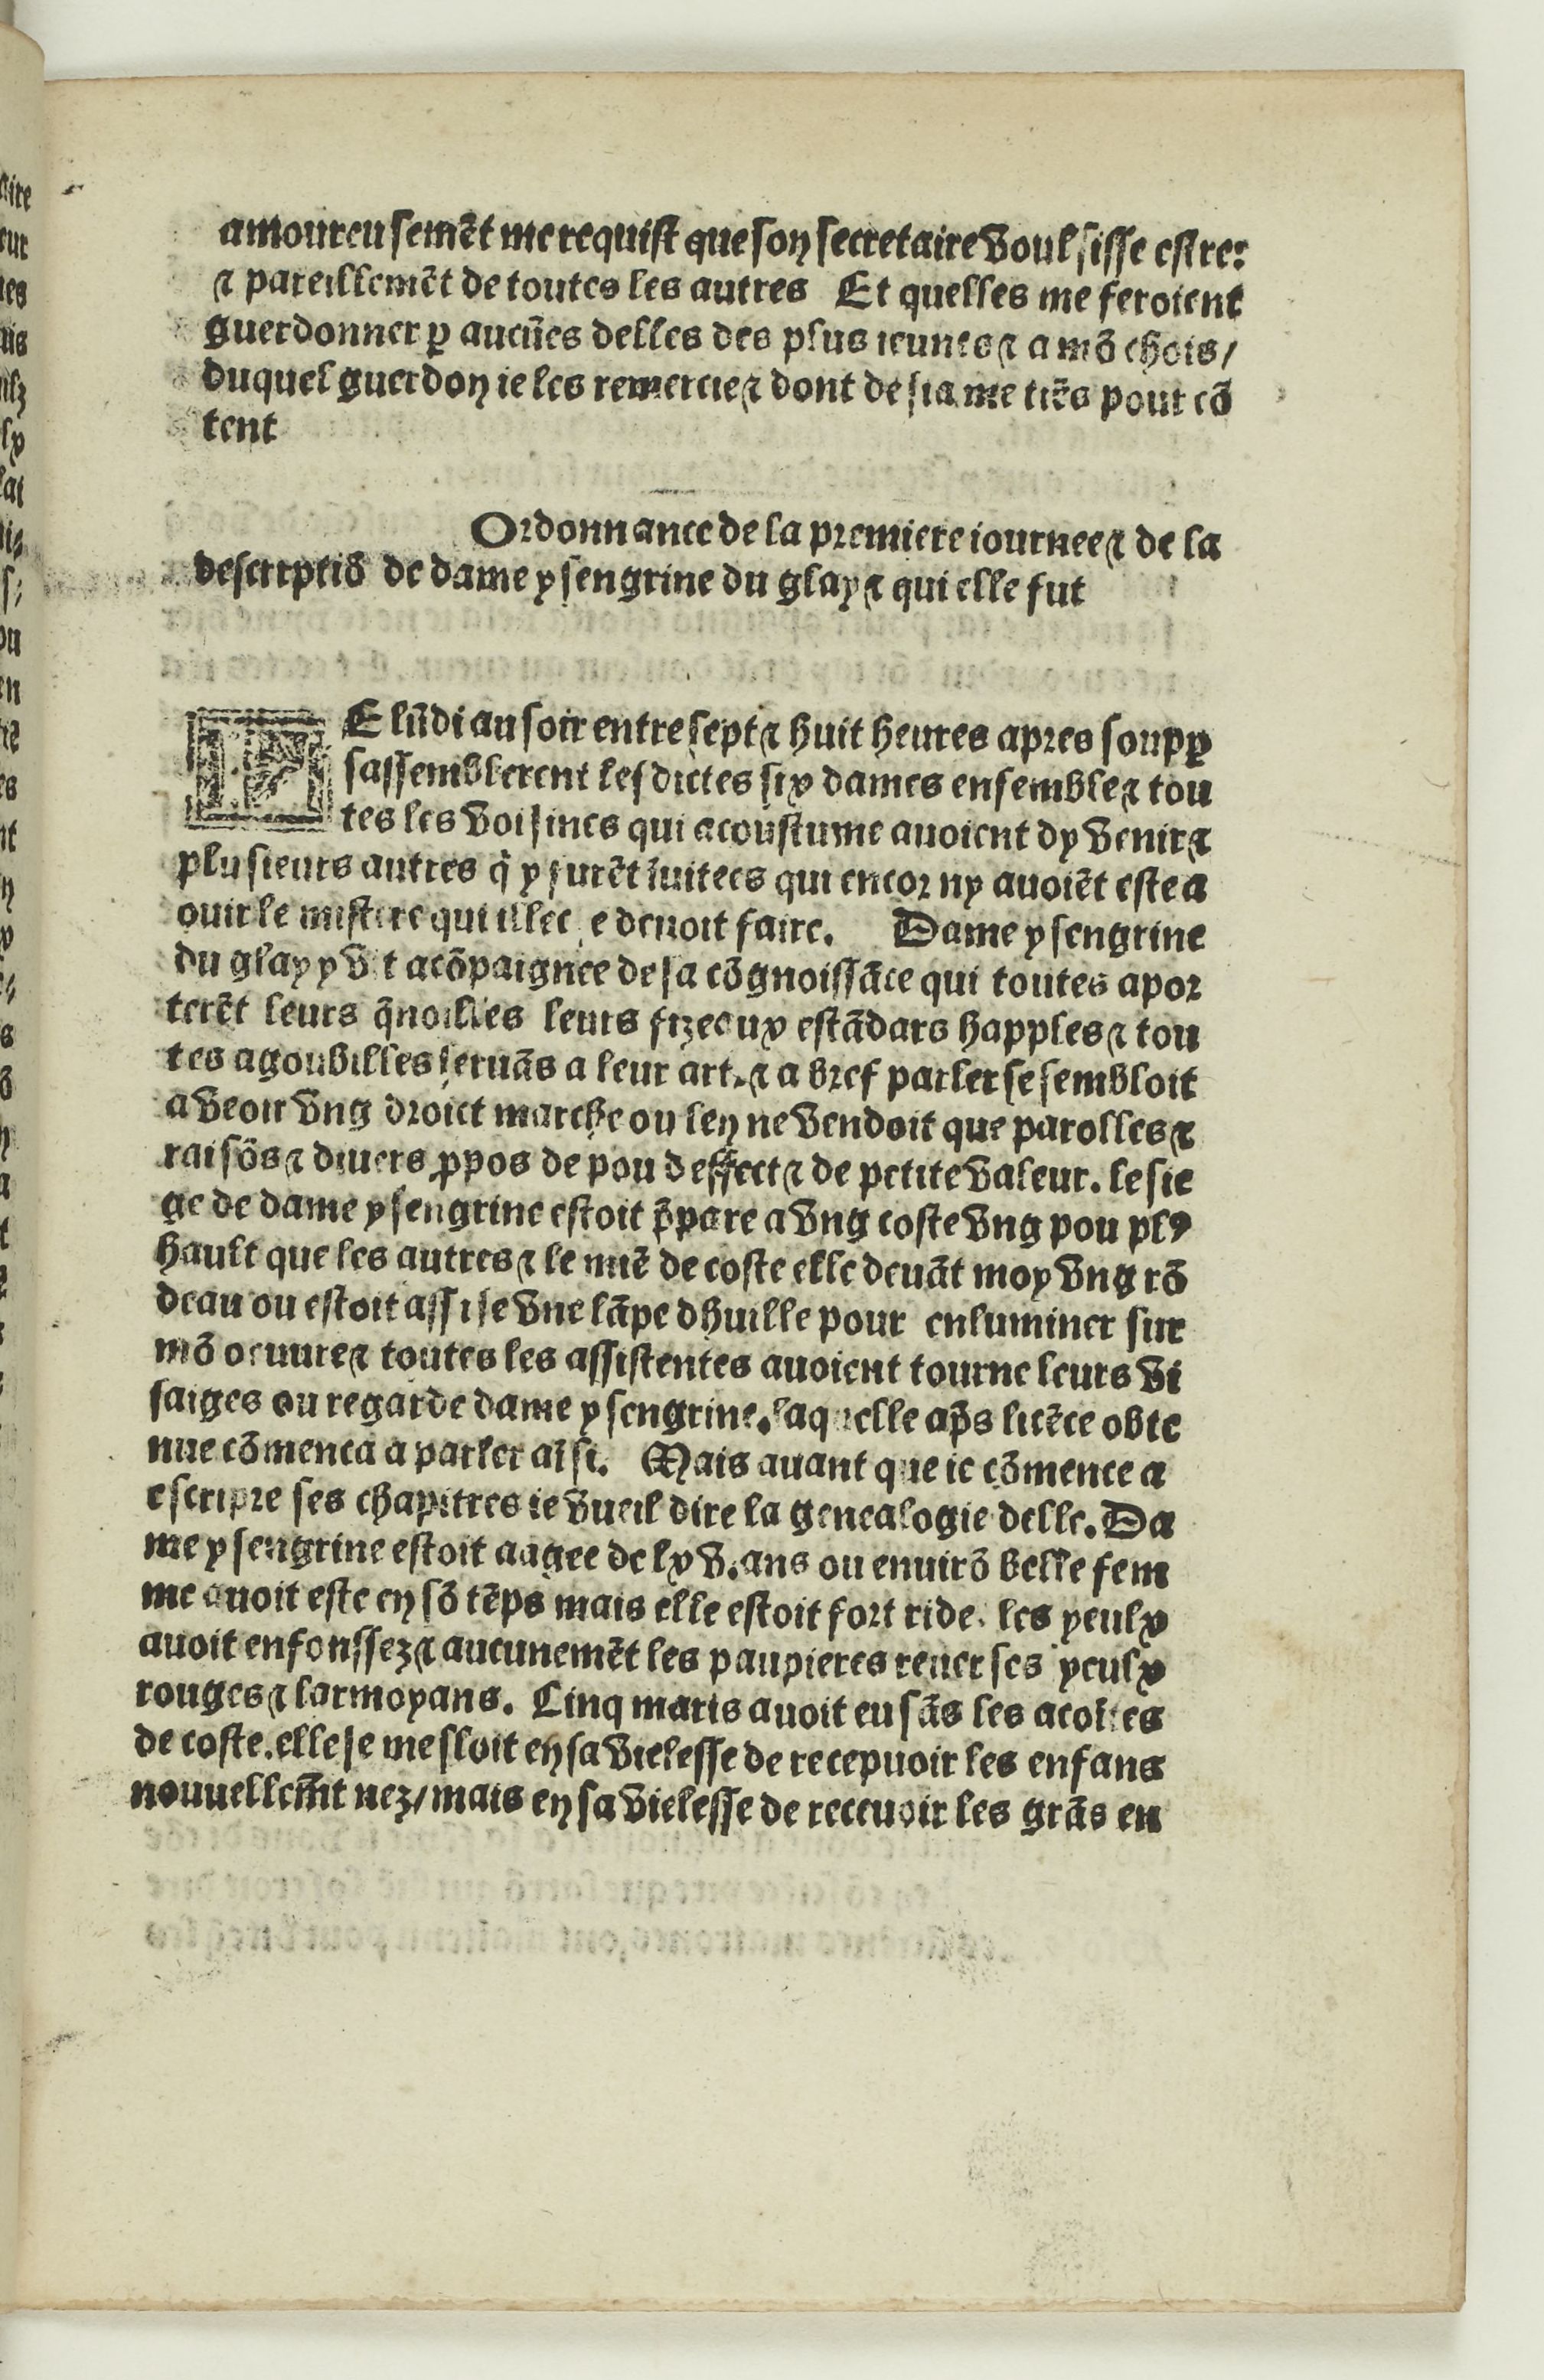
Shelfmark: Paris, BnF, Rés. Y2-733
Century: 16